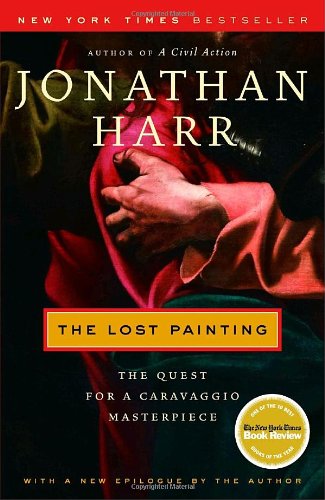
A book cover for The Lost Painting; Jonathan Harr; Arts & Photography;